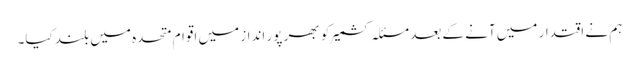
ہم نے اقتدار میں آنے کے بعد مسئلہ کشمیر کو بھر پور انداز میں اقوام متحدہ میں بلند کیا۔